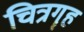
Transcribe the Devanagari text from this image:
चित्रगॄह